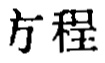
方程